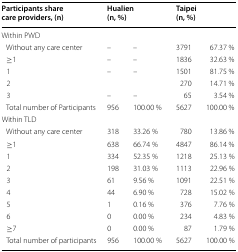
| Participants share care providers, (n) | <COLSPAN=2> Hualien (n, %) | <COLSPAN=2> Taipei (n, %) |
 | --- | --- | --- | --- | --- |
 | <COLSPAN=5> Within PWD |
 | Without any care center | – | – | 3791 | 67.37 % |
 | ≥1 | – | – | 1836 | 32.63 % |
 | 1 | – | – | 1501 | 81.75 % |
 | 2 |  |  | 270 | 14.71 % |
 | 3 | – | – | 65 | 3.54 % |
 | Total number of Participants | 956 | 100.00 % | 5627 | 100.00 % |
 | <COLSPAN=5> Within TLD |
 | Without any care center | 318 | 33.26 % | 780 | 13.86 % |
 | ≥1 | 638 | 66.74 % | 4847 | 86.14 % |
 | 1 | 334 | 52.35 % | 1218 | 25.13 % |
 | 2 | 198 | 31.03 % | 1113 | 22.96 % |
 | 3 | 61 | 9.56 % | 1091 | 22.51 % |
 | 4 | 44 | 6.90 % | 728 | 15.02 % |
 | 5 | 1 | 0.16 % | 376 | 7.76 % |
 | 6 | 0 | 0.00 % | 234 | 4.83 % |
 | ≥7 | 0 | 0.00 % | 87 | 1.79 % |
 | Total number of participants | 956 | 100.00 % | 5627 | 100.00 % |